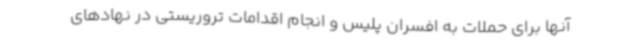
آنها برای حملات به افسران پلیس و انجام اقدامات تروریستی در نهادهای